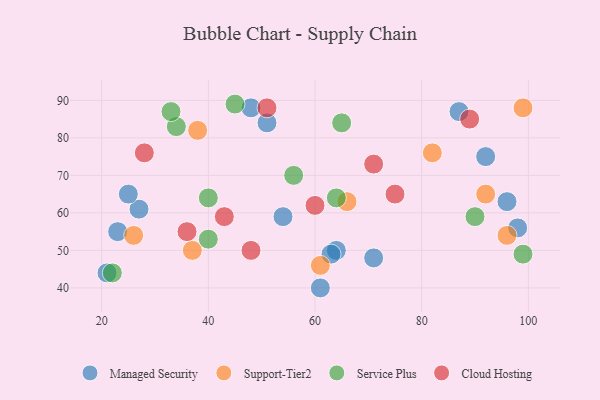
{"axis": {"x": "GDP", "y": "Life Expectancy"}, "legend": ["Cloud Hosting", "Managed Security", "Service Plus", "Support-Tier2"], "data": [{"x": "23", "y": 55, "type": "Managed Security"}, {"x": "98", "y": 56, "type": "Managed Security"}, {"x": "51", "y": 84, "type": "Managed Security"}, {"x": "87", "y": 87, "type": "Managed Security"}, {"x": "64", "y": 50, "type": "Managed Security"}, {"x": "71", "y": 48, "type": "Managed Security"}, {"x": "63", "y": 49, "type": "Managed Security"}, {"x": "54", "y": 59, "type": "Managed Security"}, {"x": "48", "y": 88, "type": "Managed Security"}, {"x": "27", "y": 61, "type": "Managed Security"}, {"x": "92", "y": 75, "type": "Managed Security"}, {"x": "61", "y": 40, "type": "Managed Security"}, {"x": "21", "y": 44, "type": "Managed Security"}, {"x": "96", "y": 63, "type": "Managed Security"}, {"x": "25", "y": 65, "type": "Managed Security"}, {"x": "99", "y": 88, "type": "Support-Tier2"}, {"x": "37", "y": 50, "type": "Support-Tier2"}, {"x": "26", "y": 54, "type": "Support-Tier2"}, {"x": "82", "y": 76, "type": "Support-Tier2"}, {"x": "61", "y": 46, "type": "Support-Tier2"}, {"x": "66", "y": 63, "type": "Support-Tier2"}, {"x": "92", "y": 65, "type": "Support-Tier2"}, {"x": "96", "y": 54, "type": "Support-Tier2"}, {"x": "38", "y": 82, "type": "Support-Tier2"}, {"x": "90", "y": 59, "type": "Service Plus"}, {"x": "99", "y": 49, "type": "Service Plus"}, {"x": "22", "y": 44, "type": "Service Plus"}, {"x": "34", "y": 83, "type": "Service Plus"}, {"x": "40", "y": 53, "type": "Service Plus"}, {"x": "56", "y": 70, "type": "Service Plus"}, {"x": "65", "y": 84, "type": "Service Plus"}, {"x": "40", "y": 64, "type": "Service Plus"}, {"x": "45", "y": 89, "type": "Service Plus"}, {"x": "33", "y": 87, "type": "Service Plus"}, {"x": "64", "y": 64, "type": "Service Plus"}, {"x": "43", "y": 59, "type": "Cloud Hosting"}, {"x": "48", "y": 50, "type": "Cloud Hosting"}, {"x": "89", "y": 85, "type": "Cloud Hosting"}, {"x": "36", "y": 55, "type": "Cloud Hosting"}, {"x": "75", "y": 65, "type": "Cloud Hosting"}, {"x": "51", "y": 88, "type": "Cloud Hosting"}, {"x": "71", "y": 73, "type": "Cloud Hosting"}, {"x": "60", "y": 62, "type": "Cloud Hosting"}, {"x": "28", "y": 76, "type": "Cloud Hosting"}]}